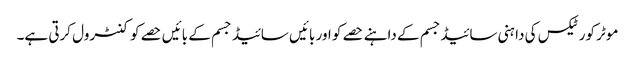
موٹر کورٹیکس کی دا ہنی سائیڈجسم کے داہنے حصے کو اور بائیں سائیڈ جسم کے بائیں حصے کو کنٹرول کرتی ہے۔